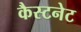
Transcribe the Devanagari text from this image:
कैस्टनेट